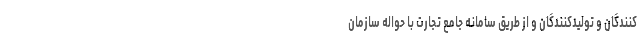
کنندگان و تولیدکنندگان و از طریق سامانه جامع تجارت با حواله سازمان